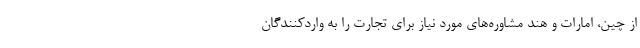
از چین، امارات و هند مشاوره‌های مورد نیاز برای تجارت را به واردکنندگان